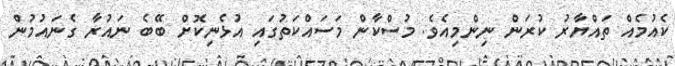
ކެއުމެއް ތައްޔާރު ކުރަން ނިންމިއެވެ. މުސްކާން މަސައްކަތުގައި އުޅެނިކޮށް ބޭބެ ނައުރާ ގެނައުމުން